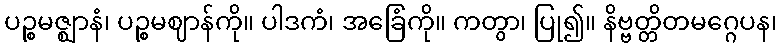
ပဉ္စမဇ္ဈာနံ၊ ပဉ္စမဈာန်ကို။ ပါဒကံ၊ အခြေံကို။ ကတွာ၊ ပြု၍။ နိဗ္ဗတ္တိတမဂ္ဂေပန၊